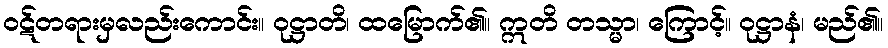
ဝဋ်တရားမှလည်းကောင်း။ ဝုဋ္ဌာတိ၊ ထမြောက်၏။ ဣတိ တသ္မာ၊ ကြောင့်။ ဝုဋ္ဌာနံ၊ မည်၏။